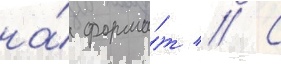
на́ форма́т // С